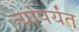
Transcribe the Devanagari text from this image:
त्यांपर्यंत